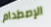
الإصطدام